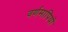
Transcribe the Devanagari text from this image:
वर्णमापियों